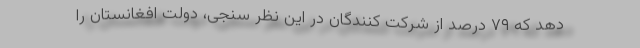
دهد که ۷۹ درصد از شرکت کنندگان در این نظر سنجی، دولت افغانستان را